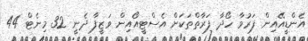
އެންޑީއޭއިން ފަރުވާ ހޯދާ ފަރާތްތަކަށް އެސްޓީއޯއިން ވަޒީފާ ދެނީ 32 މިނެޓް 44